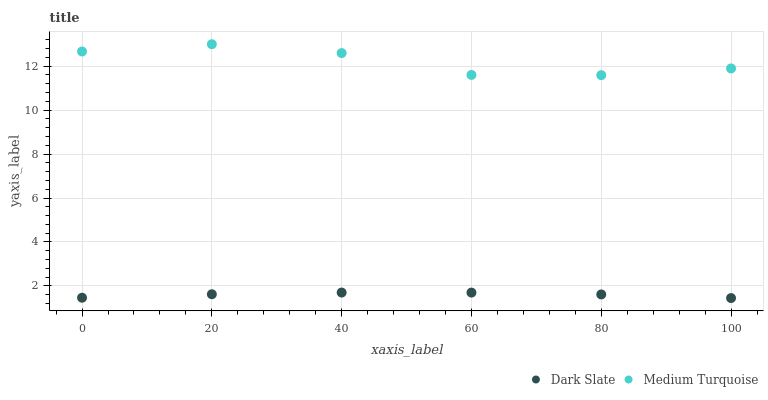
| xaxis_label | Dark Slate | Medium Turquoise |
 | --- | --- | --- |
 | 0 | 1.46 | 12.7 |
 | 20 | 1.62 | 13 |
 | 40 | 1.7 | 12.6 |
 | 60 | 1.7 | 11.6 |
 | 80 | 1.61 | 11.6 |
 | 100 | 1.45 | 11.9 |